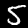
Digit: 5